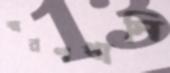
স্মরণখানি